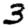
Digit: 3